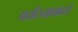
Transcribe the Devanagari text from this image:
पर्यटनामध्ये